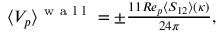
\begin{array} { r } { \langle V _ { p } \rangle ^ { \mathrm { ~ w ~ a ~ l ~ l ~ } } = \pm \frac { 1 1 R e _ { p } \langle S _ { 1 2 } \rangle ( \kappa ) } { 2 4 \pi } , } \end{array}